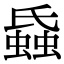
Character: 𧎪